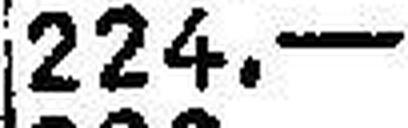
224.—